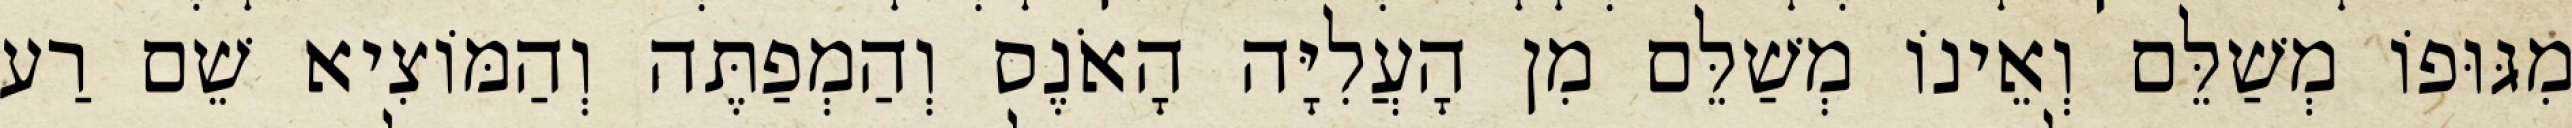
מִגּוּפוֹ מְשַׁלֵּם וְאֵינוֹ מְשַׁלֵּם מִן הָעֲלִיָּה הָאֹנֶס וְהַמְפַתֶּה וְהַמּוֹצִיא שֵׁם רַע